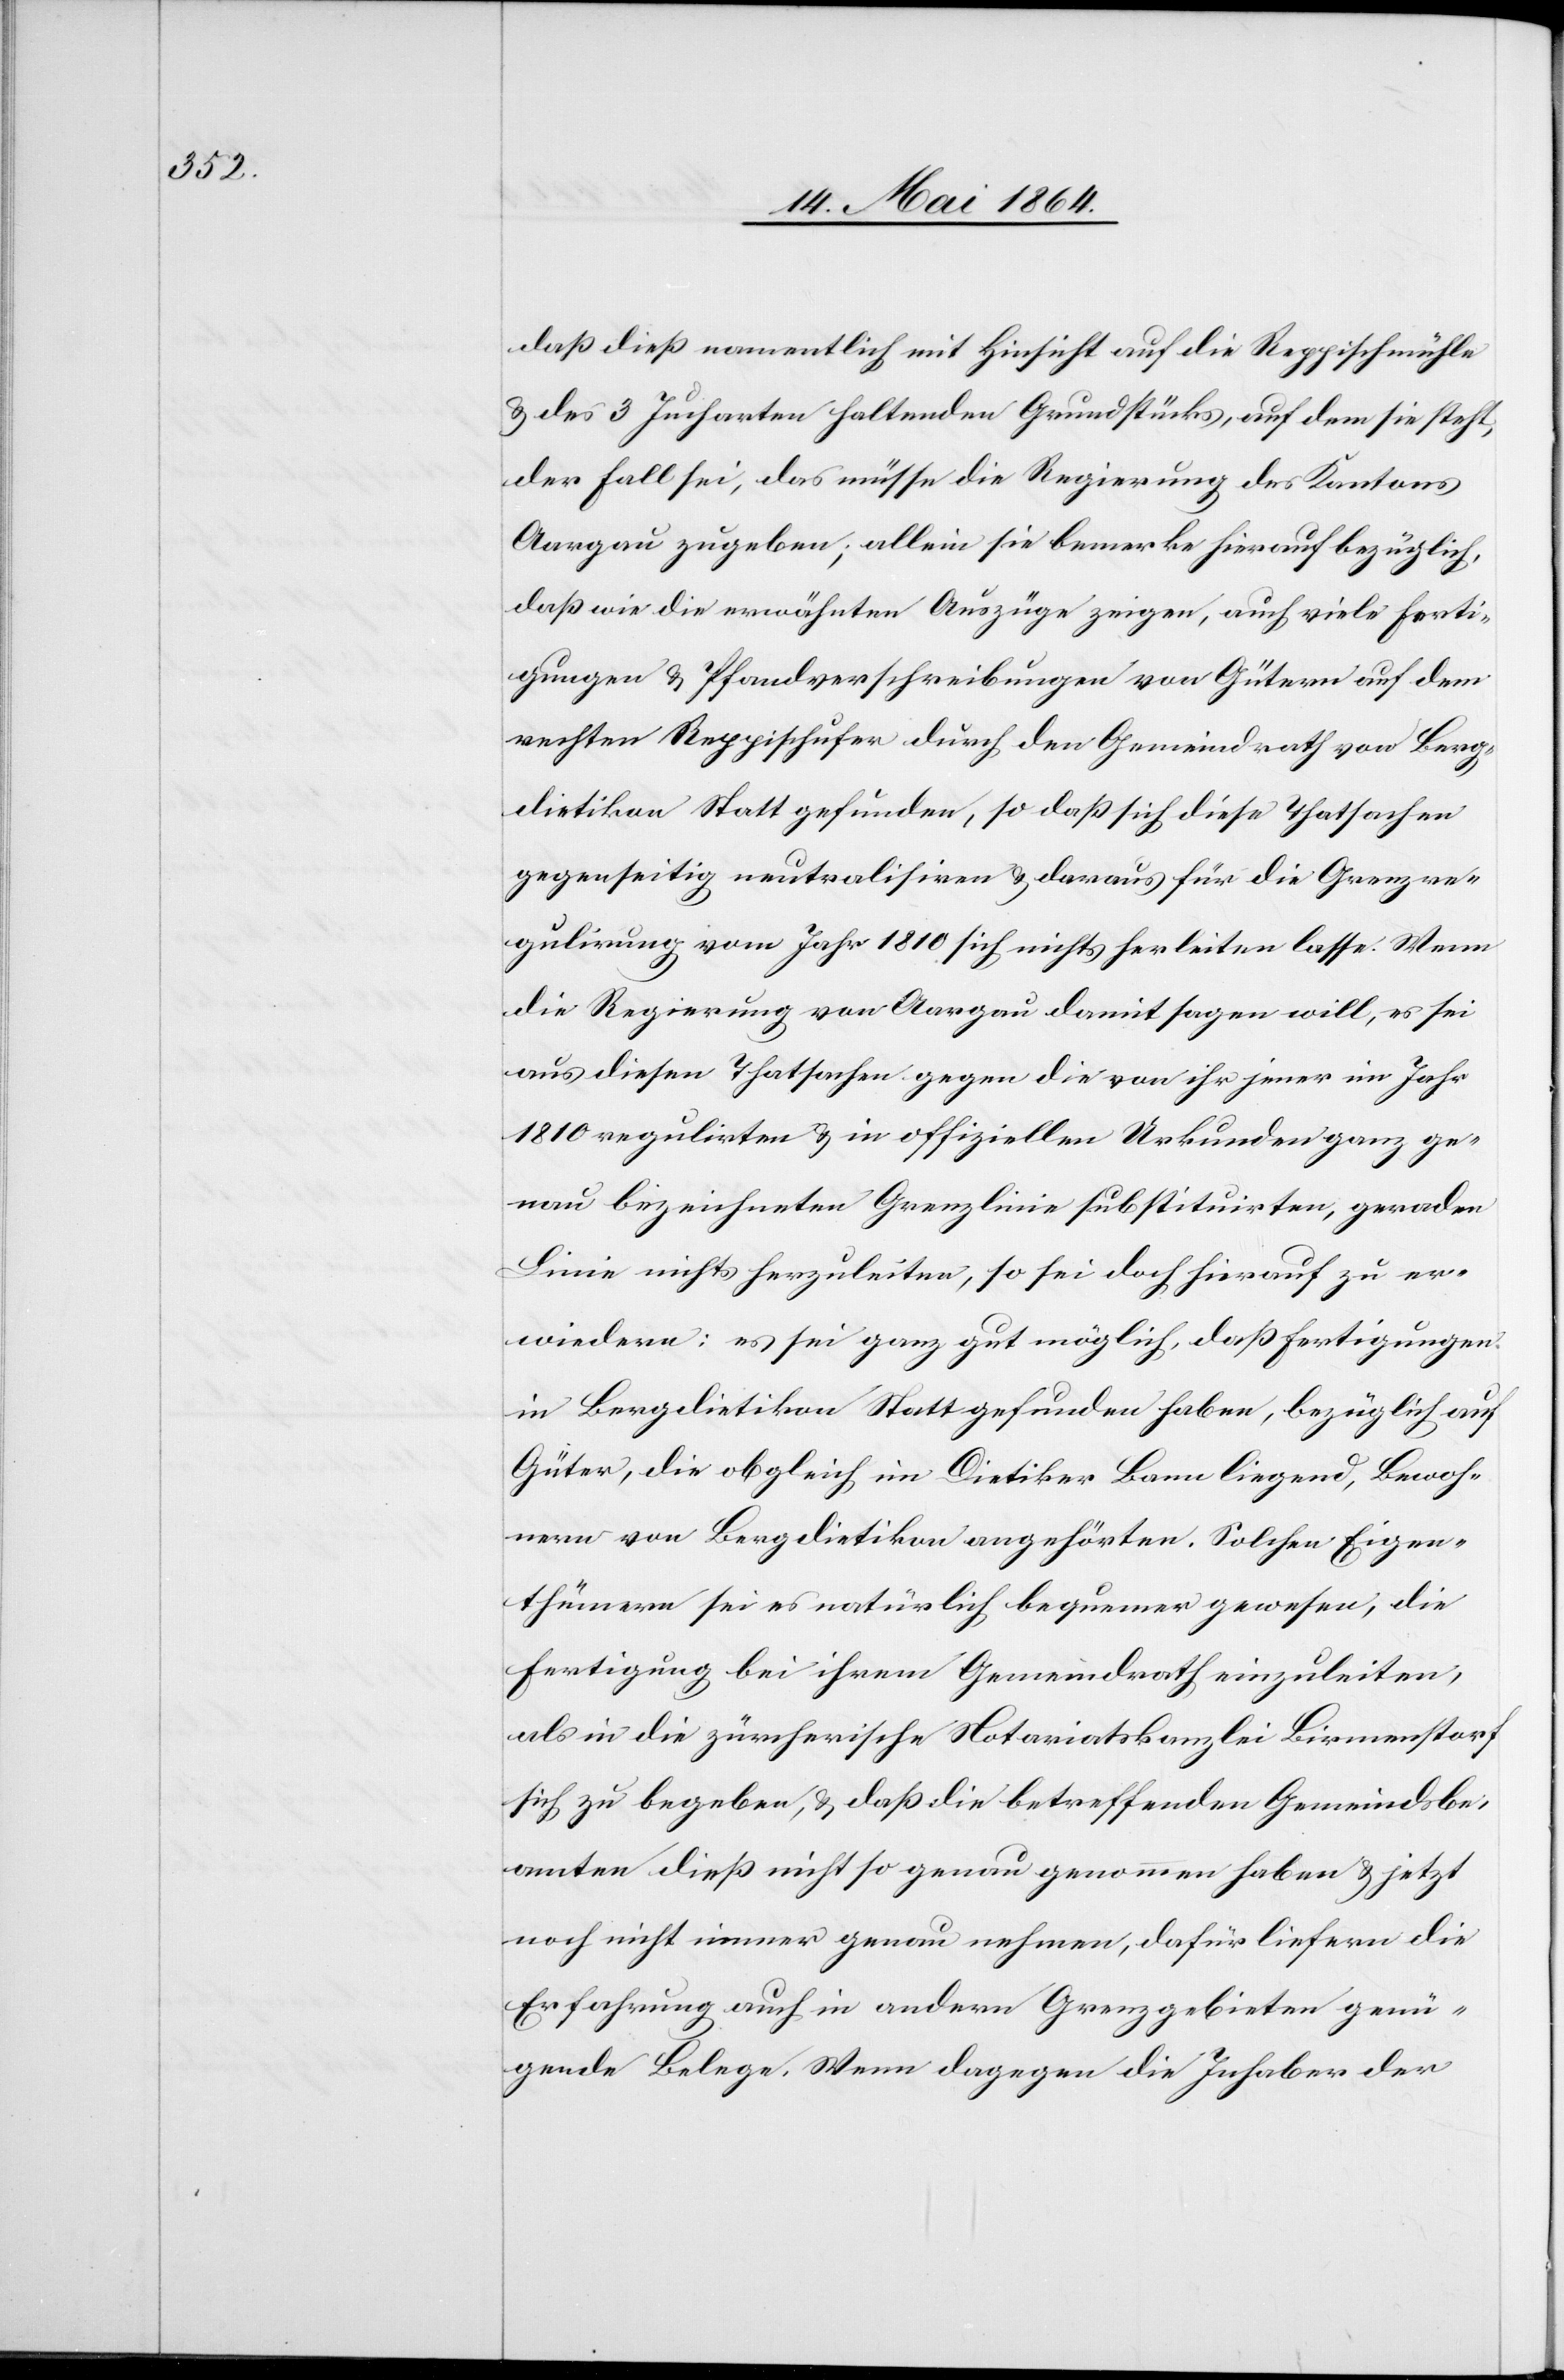
daß dieß namentlich mit Hinsicht auf die Reppischmühle
u. des 3 Jucharten haltenden Grundstücks, auf dem sie steht,
der Fall sei, das müsse die Regierung des Kantons
Aargau zugeben; allein sie bemerke hierauf bezüglich,
daß wie die erwähnten Auszüge zeigen, auch viele Ferti¬
gungen u. Pfandverschreibungen von Gütern auf dem
rechten Reppischufer durch den Gemeindrath von Berg¬
dietikon stattgefunden, so daß sich diese Thatsachen
gegenseitig neutralisiren u. darauf für die Grenzre¬
gulirung vom Jahr 1810 sich nichts herleiten lasse. Wenn
die Regierung von Aargau damit sagen will, es sei
aus diesen Thatsachen gegen die von ihr jener im Jahr
1810 regulirten u. in offiziellen Urkunden ganz ge¬
nau bezeichneten Grenzlinie substituirten, geraden
Linie nichts herzuleiten, so sei doch hierauf zu er¬
wiedern: es sei ganz gut möglich, daß Fertigungen
in Bergdietikon stattgefunden haben, bezüglich auf
Güter, die obgleich im Dietiker Bann liegend, Bewoh¬
nern von Bergdietikon angehörten. Solchen Eigen¬
thümern sei es natürlich bequemer gewesen, die
Fertigung bei ihrem Gemeindrath einzuleiten,
als in die zürcherische Notariatskanzlei Birmenstorf
sich zu begeben, u. daß die betreffenden Gemeindbe¬
amten dieß nicht so genau genommen haben u. jetzt
noch nicht immer genau nehmen, dafür liefern die
Erfahrung auch in andern Grenzgebieten genü¬
gende Belege. Wenn dagegen die Inhaber der